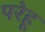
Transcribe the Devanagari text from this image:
परेहू